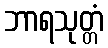
ဘာရသုတ္တံ